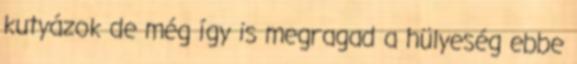
kutyázok de még így is megragad a hülyeség ebbe